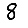
Digit: 8